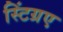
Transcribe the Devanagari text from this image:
स्टिंग्रए